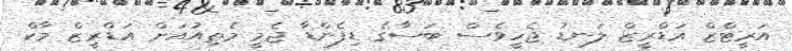
އަރީޓްޒް އަޑްރީޒް ލަނޑު ޖެހީވެސް ބަސާގެ ޑިފެންޑާ ޖެމީ މެތިއުއަށް އަޑްރީޒް މާކް